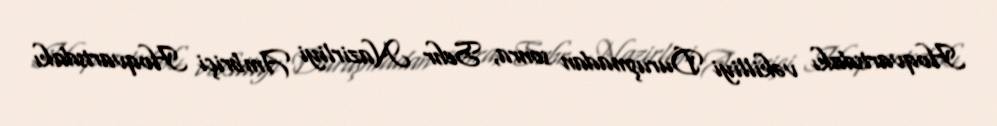
Hoqvartsdakı vəkilliyi Duruşmadan sonra, Sehr Nazirliyi Ambriçi Hoqvartsdakı